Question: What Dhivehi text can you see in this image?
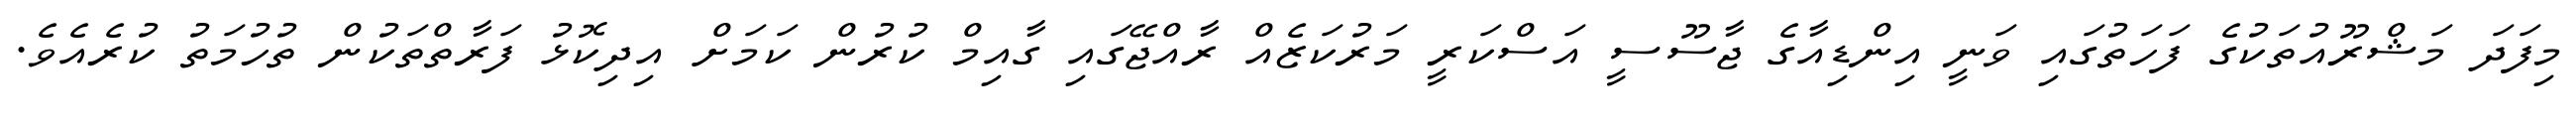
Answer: މިފަދަ މަޝްރޫއުތަކުގެ ފަހަތުގައި ވަނީ އިންޑިއާގެ ޖާސޫސީ އަސްކަރީ މަރުކަޒެއް ރާއްޖޭގައި ގާއިމް ކުރުން ކަމަށް އިދިކޮޅު ފަރާތްތަކުން ތުހުމަތު ކުރެއެވެ.